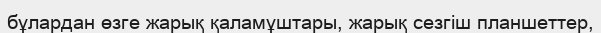
бұлардан өзге жарық қаламұштары, жарық сезгіш планшеттер,